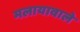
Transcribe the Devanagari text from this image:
मलायावाले